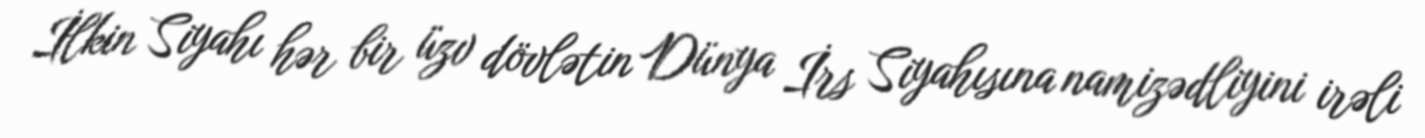
İlkin Siyahı hər bir üzv dövlətin Dünya İrs Siyahısına namizədliyini irəli